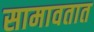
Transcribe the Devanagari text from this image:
सामावतात